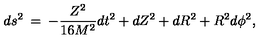
d s ^ { 2 } \: = \: - \frac { Z ^ { 2 } } { 1 6 M ^ { 2 } } d t ^ { 2 } + d Z ^ { 2 } + d R ^ { 2 } + R ^ { 2 } d \phi ^ { 2 } ,